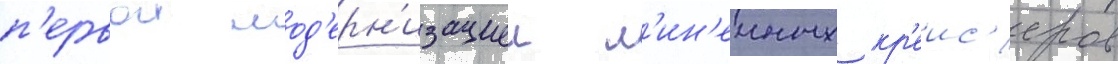
п'ервои мод'ерн'изациеи л'ин'еиных кр'еис'еров